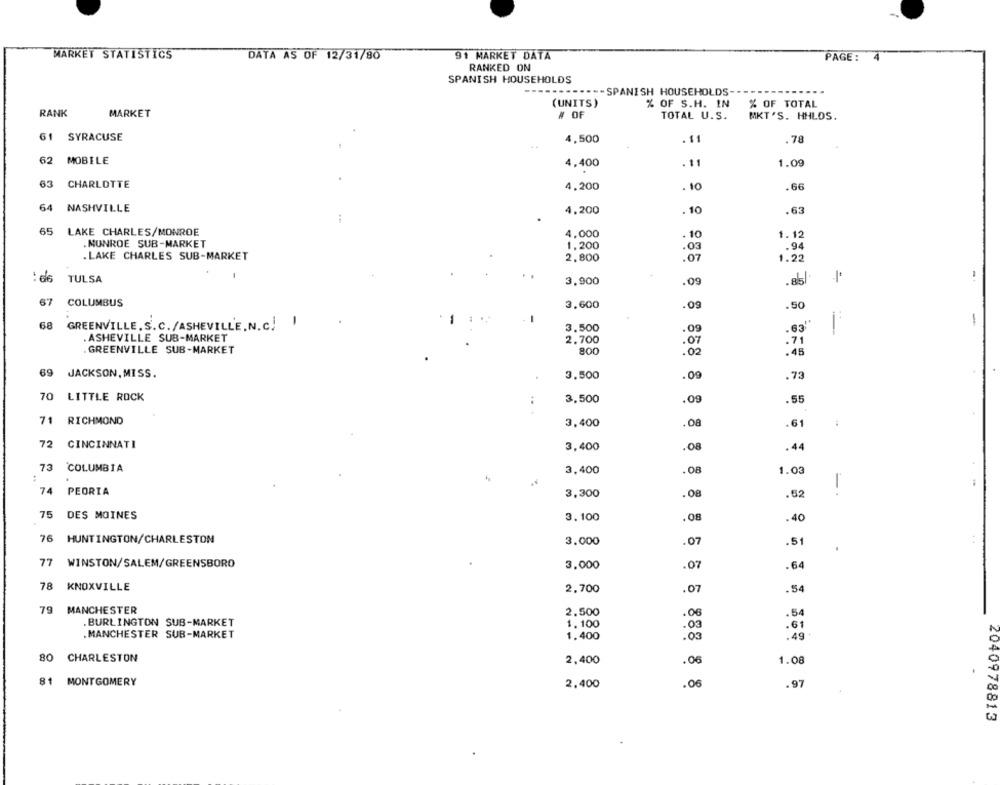
MARKET STATISTICS
91 MARKET DATA
DATA AS OF 12/31/80
PAGE :
RANKED ON
SPANISH HOUSEHOLDS
.------- SPANISH HOUSEHOLDS ---
% OF S.H. IN
% OF TOTAL
(UNITS)
RANK
MARKET
# OF
TOTAL U.S.
MKT'S. HHLOS.
61 SYRACUSE
4,500
.$1
.78
62
MOBILE
4,400
.11
1.09
63
CHARLOTTE
4,200
. 10
.66
64
NASHVILLE
4.200
. 10
.63
65
LAKE CHARLES/MONROE
4,000
1.12
MUNROE SUB-MARKET
1,200
.03
. LAKE CHARLES SUB-MARKET
2.800
.07
1.22
: d6
TULSA
3,900
.09
67
COLUMBUS
3.600
.09
.50
-
68 GREENVILLE. S.C./ASHEVILLE.N.C.
3.500
.0g
.63"
ASHEVILLE SUB-MARKET
2.700
.07
.71
. GREENVILLE SUB-MARKET
800
.02
.45
69 JACKSON, MISS.
3.500
.0g
.73
70 LITTLE ROCK
3,500
.09
.55
71 RICHMOND
3,400
.61
72
CINCINNATI
3,400
.08
.44
73
COLUMBIA
3,400
.08
1.03
:
74
PEORIA
3,300
.08
.52
75 DES MOINES
3.100
.08
.40
76 HUNTINGTON/CHARLESTON
3.000
.07
.51
77 WINSTON/SALEM/GREENSBORO
3.000
.07
.64
78 KNOXVILLE
2,700
.07
.54
79 MANCHESTER
2.500
.54
.06
.BURLINGTON SUB-MARKET
1.100
.03
. 61
.MANCHESTER SUB-MARKET
1.400
. 03
.49
80 CHARLESTON
2,400
.06
1.08
81 MONTGOMERY
2.400
.06
.97
2040978813